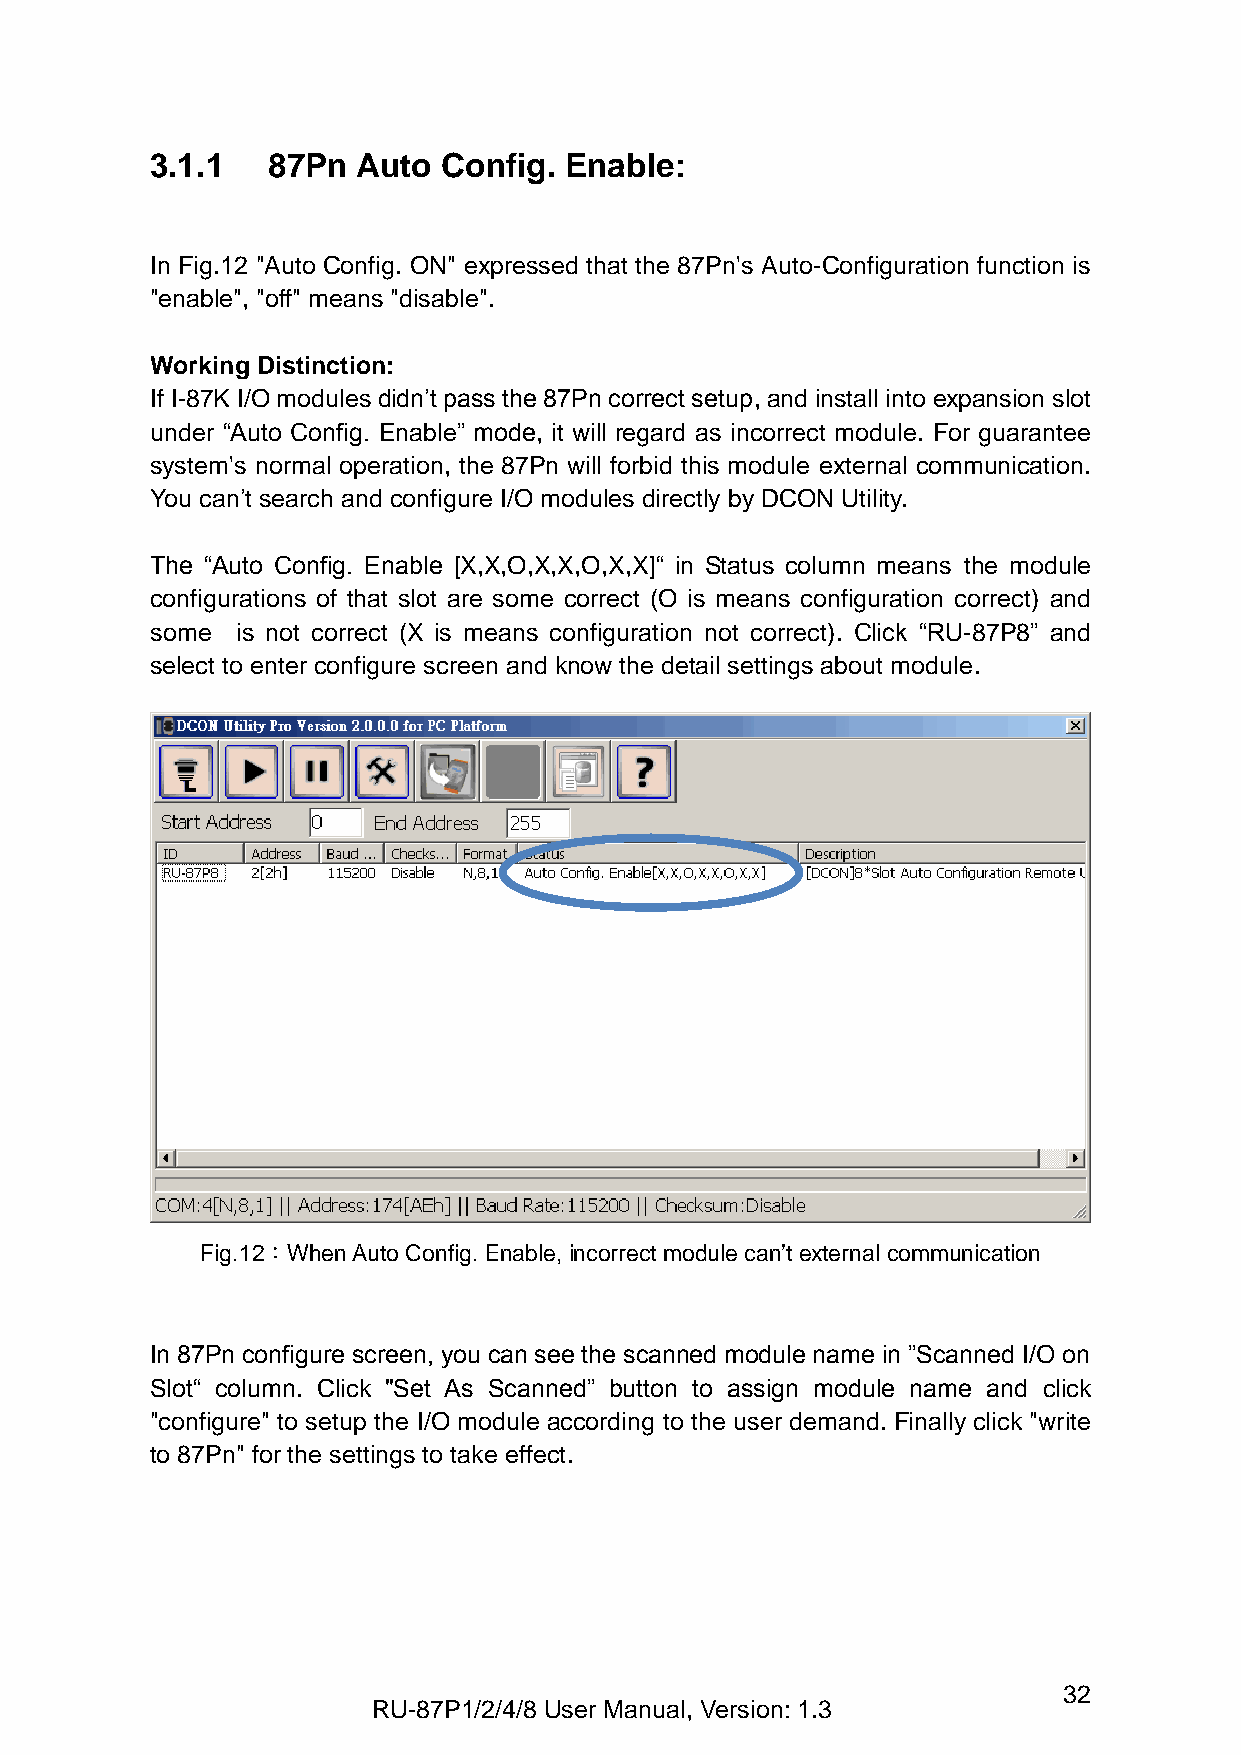
3.1.1   87Pn  Auto Config. Enable:
 In Fig.12 "Auto Config. ON" expressed that the 87Pn's Auto-Configuration function is
 "enable", "off" means "disable".
 Working Distinction:
 If I-87K I/O modules didn’t pass the 87Pn correct setup, and install into expansion slot
 under “Auto Config. Enable” mode, it will regard as incorrect module. For guarantee
 system's normal operation, the 87Pn will forbid this module external communication.
 You can’t search and configure I/O modules directly by DCON Utility.
 The “Auto Config. Enable [X,X,O,X,X,O,X,X]“ in Status column means the module
 configurations of that slot are some correct (O is means configuration correct) and
 some  is not correct (X is means configuration not correct). Click “RU-87P8” and
 select to enter configure screen and know the detail settings about module.
 Fig.12：When Auto Config. Enable, incorrect module can’t external communication
 In 87Pn configure screen, you can see the scanned module name in ”Scanned I/O on
 Slot“ column. Click "Set As Scanned” button to assign module name and click
 "configure" to setup the I/O module according to the user demand. Finally click "write
 to 87Pn" for the settings to take effect.
 32
 RU-87P1/2/4/8 User Manual, Version: 1.3